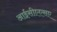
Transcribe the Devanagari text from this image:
आईसीएएसए